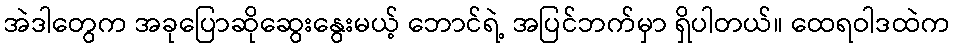
အဲဒါတွေက အခုပြောဆိုဆွေးနွေးမယ့် ဘောင်ရဲ့ အပြင်ဘက်မှာ ရှိပါတယ်။ ထေရဝါဒထဲက